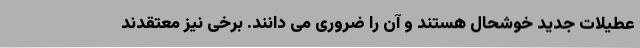
عطیلات جدید خوشحال هستند و آن را ضروری می دانند. برخی نیز معتقدند